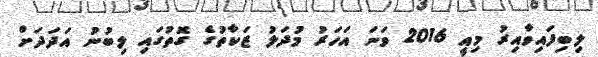
ލިބިފައިވާއިރު މިއީ 2016 ވަނަ އަހަރު މުދަލު ޒަކާތުގެ ގޮތުގައި ލިބުނު އަދަދަށް